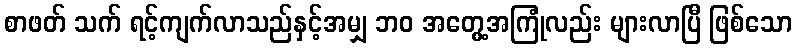
စာဖတ် သက် ရင့်ကျက်လာသည်နှင့်အမျှ ဘဝ အတွေ့အကြုံလည်း များလာပြီ ဖြစ်သော